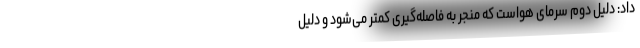
داد: دلیل دوم سرمای هواست که منجر به فاصله‌گیری کمتر می‌شود و دلیل